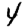
Digit: 4